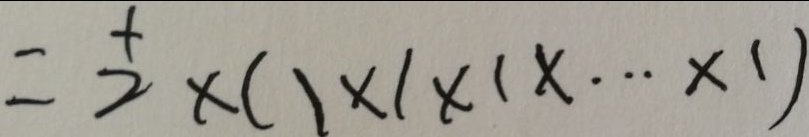
= \frac { 1 } { 2 } \times ( 1 \times 1 \times 1 \times \cdots \times 1 )